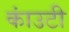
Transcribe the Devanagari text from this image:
कांउटी